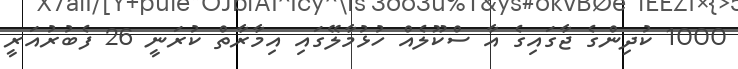
1000 ކުދިންގެ ޖާގައިގެ އާ ސްކޫލެއް ހުޅުމާލޭގައި އިމާރާތް ކުރަނީ 26 ފެބުރުއަރީ